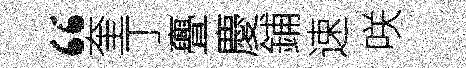
“奎丁亹慶鋪速咲